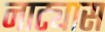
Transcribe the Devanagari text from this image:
नाट्यास